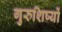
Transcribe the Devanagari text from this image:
गुरुशिष्यों